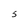
Character: S